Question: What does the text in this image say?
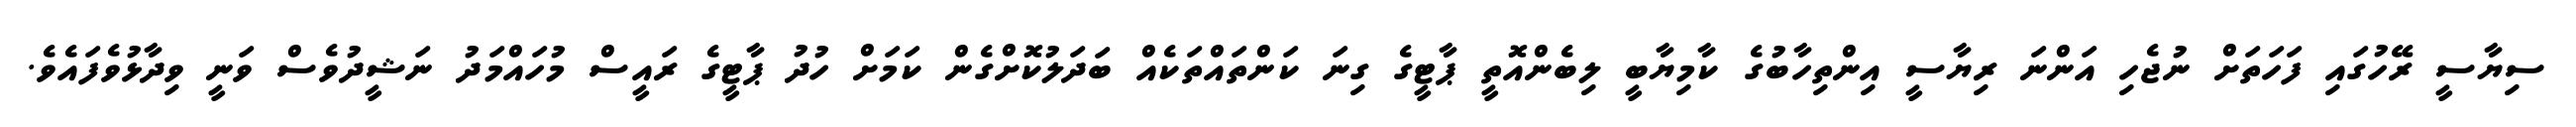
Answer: ސިޔާސީ ރޭހުގައި ފަހަތަށް ނުޖެހި އަންނަ ރިޔާސީ އިންތިހާބުގެ ކާމިޔާބީ ލިބެންއޮތީ ޕާޓީގެ ގިނަ ކަންތައްތަކެއް ބަދަލުކޮށްގެން ކަމަށް ހުދު ޕާޓީގެ ރައީސް މުހައްމަދު ނަޝީދުވެސް ވަނީ ވިދާޅުވެފައެވެ.